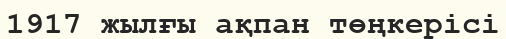
1917 жылғы ақпан төңкерісі